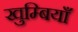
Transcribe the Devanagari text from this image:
खुम्बियाँ